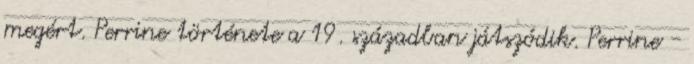
megért. Perrine története a 19. században játszódik. Perrine -